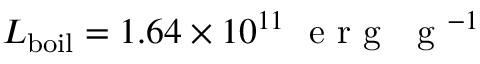
L _ { \mathrm { b o i l } } = 1 . 6 4 \times 1 0 ^ { 1 1 } ~ \mathrm { ~ e ~ r ~ g ~ ~ ~ g ~ } ^ { - 1 }